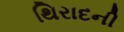
થિરાદની